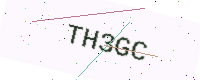
Text: TH3GC